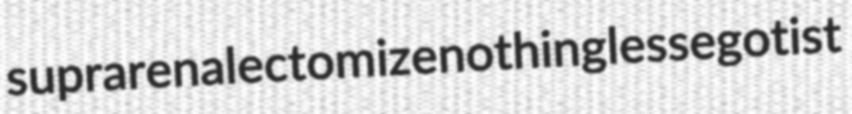
suprarenalectomize nothingless egotist